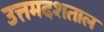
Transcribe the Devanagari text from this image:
उत्तमदशताल